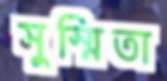
সুস্মিতা